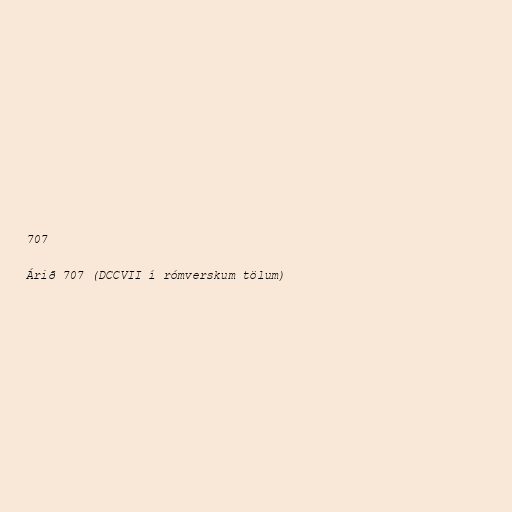
707

Árið 707 (DCCVII í rómverskum tölum)